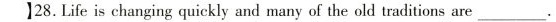
[ ]28.Life is changing quickly and many of the old traditions are ___.